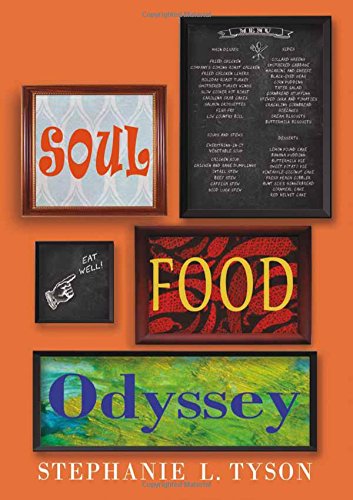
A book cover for Soul Food Odyssey; Stephanie L. Tyson; Cookbooks, Food & Wine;